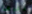
دعوها